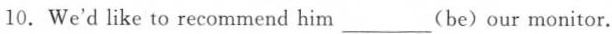
10.We'd like to recommend him ___(be)our monitor.